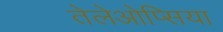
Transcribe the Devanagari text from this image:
तेलेओप्सिया